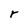
Character: r